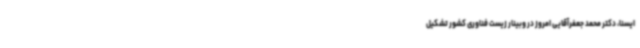
ایسنا، دکتر محمد جعفرآقایی امروز در وبینار زیست فناوری کشور تشکیل